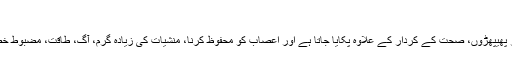
خوردنی قدر
ریڈ ginseng ginseng مصنوعات, گہما گہمی، تلی اور پھیپھڑوں، صحت کے کردار کے علاوہ پکایا جاتا ہے اور اعصاب کو محفوظ کرنا، منشیات کی زیادہ گرم، آگ، طاقت، مضبوط خصوصیات، زیادہ سے زیادہ دابو ہے طاقت، کیوئ خون ہے ۔